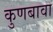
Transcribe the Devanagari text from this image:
कुणबावा